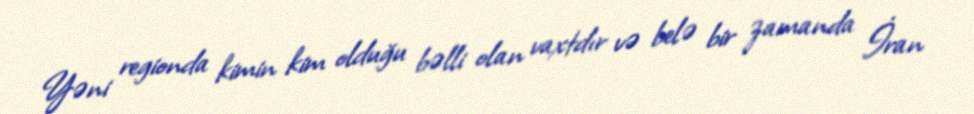
Yəni regionda kimin kim olduğu bəlli olan vaxtdır və belə bir zamanda İran